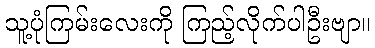
သူ့ပုံကြမ်းလေးကို ကြည့်လိုက်ပါဦးဗျာ။